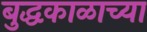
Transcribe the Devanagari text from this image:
बुद्धकाळाच्या